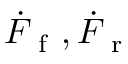
\dot { F } _ { \mathrm { ~ f ~ } } , \dot { F } _ { \mathrm { ~ r ~ } }